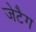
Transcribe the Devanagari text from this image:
जेटैग